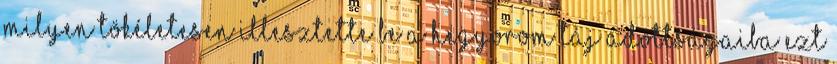
milyen tökéletesen illesztette be a hegyorom táj adottságaiba ezt